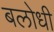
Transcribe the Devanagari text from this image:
बलोधी